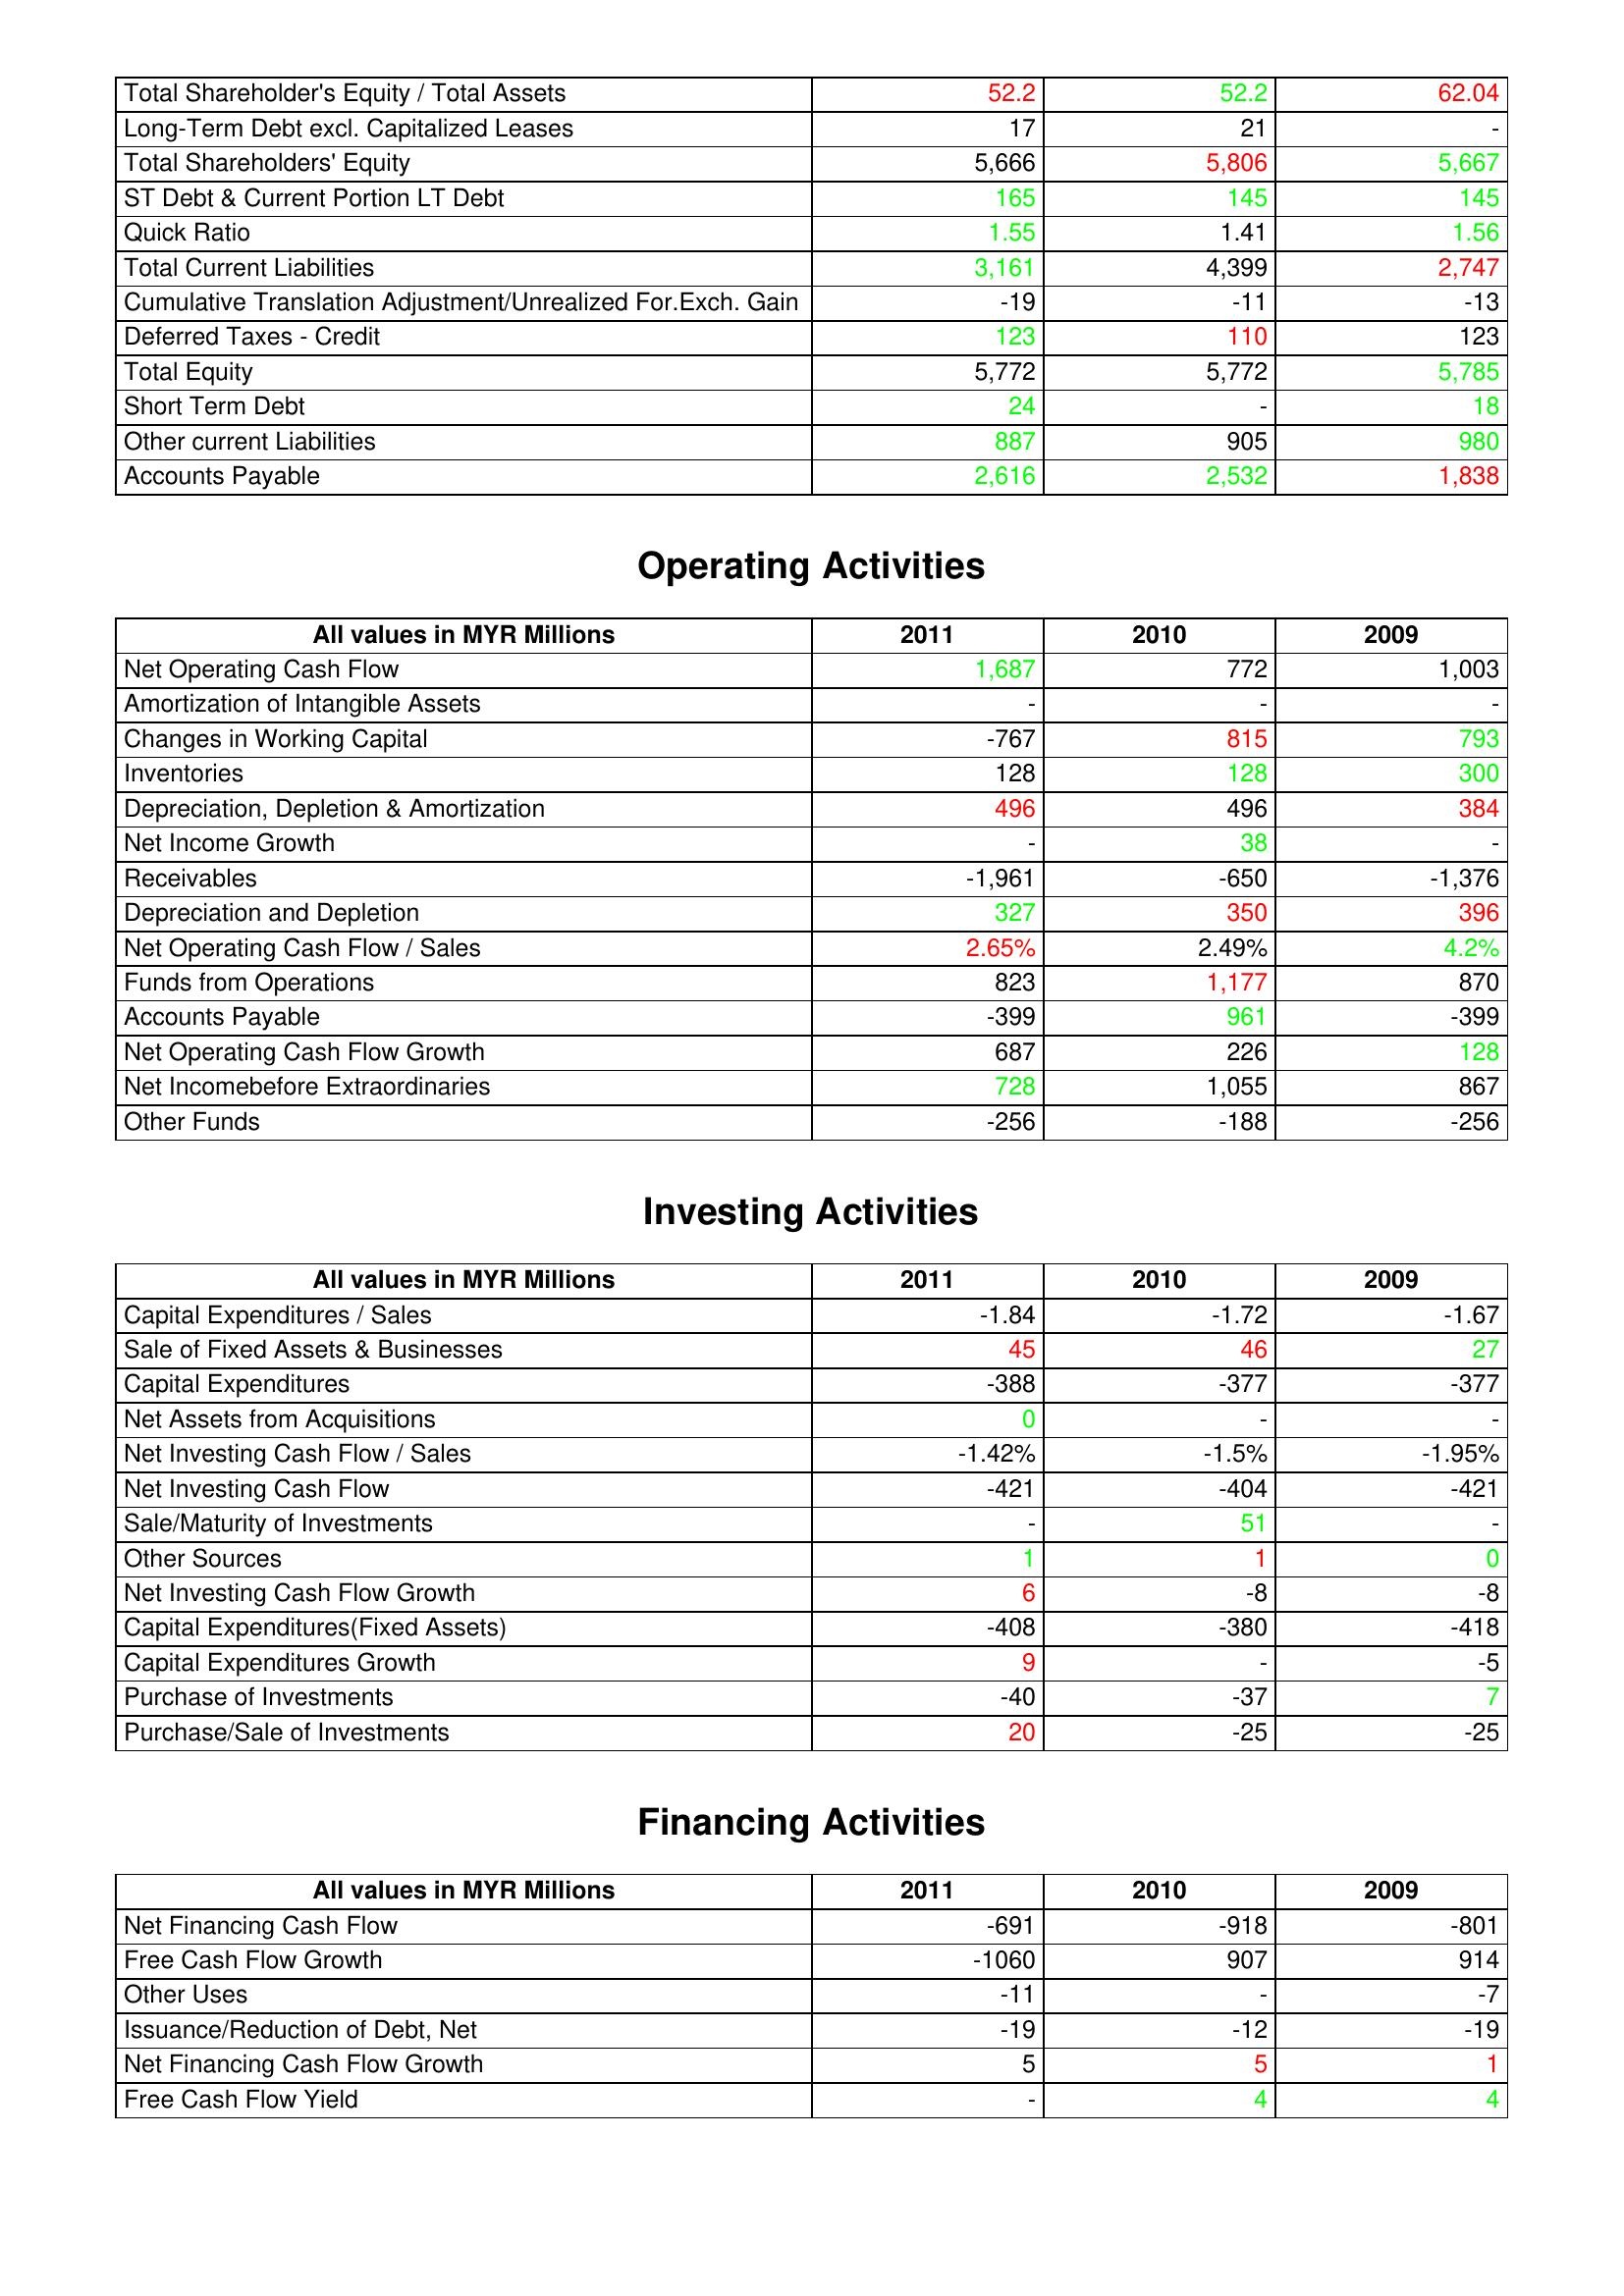
gt_parse: 2011: Liabilities & Shareholder's Equity: Total Shareholder's Equity / Total Assets: 52.2
Long-Term Debt excl. Capitalized Leases: 17
Total Shareholders' Equity: 5,666
ST Debt & Current Portion LT Debt: 165
Quick Ratio: 1.55
Total Current Liabilities: 3,161
Cumulative Translation Adjustment/Unrealized For.Exch. Gain: -19
Deferred Taxes - Credit: 123
Total Equity: 5,772
Short Term Debt: 24
Other current Liabilities: 887
Accounts Payable: 2,616
Operating Activities: Net Operating Cash Flow: 1,687
Amortization of Intangible Assets: -
Changes in Working Capital: -767
Inventories: 128
Depreciation, Depletion & Amortization: 496
Net Income Growth: -
Receivables: -1,961
Depreciation and Depletion: 327
Net Operating Cash Flow / Sales: 2.65%
Funds from Operations: 823
Accounts Payable: -399
Net Operating Cash Flow Growth: 687
Net Incomebefore Extraordinaries: 728
Other Funds: -256
Investing Activities: Capital Expenditures / Sales: -1.84
Sale of Fixed Assets & Businesses: 45
Capital Expenditures: -388
Net Assets from Acquisitions: 0
Net Investing Cash Flow / Sales: -1.42%
Net Investing Cash Flow: -421
Sale/Maturity of Investments: -
Other Sources: 1
Net Investing Cash Flow Growth: 6
Capital Expenditures(Fixed Assets): -408
Capital Expenditures Growth: 9
Purchase of Investments: -40
Purchase/Sale of Investments: 20
Financing Activities: Net Financing Cash Flow: -691
Free Cash Flow Growth: -1060
Other Uses: -11
Issuance/Reduction of Debt, Net: -19
Net Financing Cash Flow Growth: 5
Free Cash Flow Yield: -
2010: Liabilities & Shareholder's Equity: Total Shareholder's Equity / Total Assets: 52.2
Long-Term Debt excl. Capitalized Leases: 21
Total Shareholders' Equity: 5,806
ST Debt & Current Portion LT Debt: 145
Quick Ratio: 1.41
Total Current Liabilities: 4,399
Cumulative Translation Adjustment/Unrealized For.Exch. Gain: -11
Deferred Taxes - Credit: 110
Total Equity: 5,772
Short Term Debt: -
Other current Liabilities: 905
Accounts Payable: 2,532
Operating Activities: Net Operating Cash Flow: 772
Amortization of Intangible Assets: -
Changes in Working Capital: 815
Inventories: 128
Depreciation, Depletion & Amortization: 496
Net Income Growth: 38
Receivables: -650
Depreciation and Depletion: 350
Net Operating Cash Flow / Sales: 2.49%
Funds from Operations: 1,177
Accounts Payable: 961
Net Operating Cash Flow Growth: 226
Net Incomebefore Extraordinaries: 1,055
Other Funds: -188
Investing Activities: Capital Expenditures / Sales: -1.72
Sale of Fixed Assets & Businesses: 46
Capital Expenditures: -377
Net Assets from Acquisitions: -
Net Investing Cash Flow / Sales: -1.5%
Net Investing Cash Flow: -404
Sale/Maturity of Investments: 51
Other Sources: 1
Net Investing Cash Flow Growth: -8
Capital Expenditures(Fixed Assets): -380
Capital Expenditures Growth: -
Purchase of Investments: -37
Purchase/Sale of Investments: -25
Financing Activities: Net Financing Cash Flow: -918
Free Cash Flow Growth: 907
Other Uses: -
Issuance/Reduction of Debt, Net: -12
Net Financing Cash Flow Growth: 5
Free Cash Flow Yield: 4
2009: Liabilities & Shareholder's Equity: Total Shareholder's Equity / Total Assets: 62.04
Long-Term Debt excl. Capitalized Leases: -
Total Shareholders' Equity: 5,667
ST Debt & Current Portion LT Debt: 145
Quick Ratio: 1.56
Total Current Liabilities: 2,747
Cumulative Translation Adjustment/Unrealized For.Exch. Gain: -13
Deferred Taxes - Credit: 123
Total Equity: 5,785
Short Term Debt: 18
Other current Liabilities: 980
Accounts Payable: 1,838
Operating Activities: Net Operating Cash Flow: 1,003
Amortization of Intangible Assets: -
Changes in Working Capital: 793
Inventories: 300
Depreciation, Depletion & Amortization: 384
Net Income Growth: -
Receivables: -1,376
Depreciation and Depletion: 396
Net Operating Cash Flow / Sales: 4.2%
Funds from Operations: 870
Accounts Payable: -399
Net Operating Cash Flow Growth: 128
Net Incomebefore Extraordinaries: 867
Other Funds: -256
Investing Activities: Capital Expenditures / Sales: -1.67
Sale of Fixed Assets & Businesses: 27
Capital Expenditures: -377
Net Assets from Acquisitions: -
Net Investing Cash Flow / Sales: -1.95%
Net Investing Cash Flow: -421
Sale/Maturity of Investments: -
Other Sources: 0
Net Investing Cash Flow Growth: -8
Capital Expenditures(Fixed Assets): -418
Capital Expenditures Growth: -5
Purchase of Investments: 7
Purchase/Sale of Investments: -25
Financing Activities: Net Financing Cash Flow: -801
Free Cash Flow Growth: 914
Other Uses: -7
Issuance/Reduction of Debt, Net: -19
Net Financing Cash Flow Growth: 1
Free Cash Flow Yield: 4